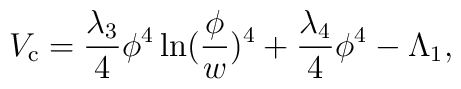
V_{\rm c}={\lambda_3 \over 4} \phi^4 \ln ({\phi \over  w})^4 + {\lambda_4 \over 4}\phi^4 - \Lambda_1,